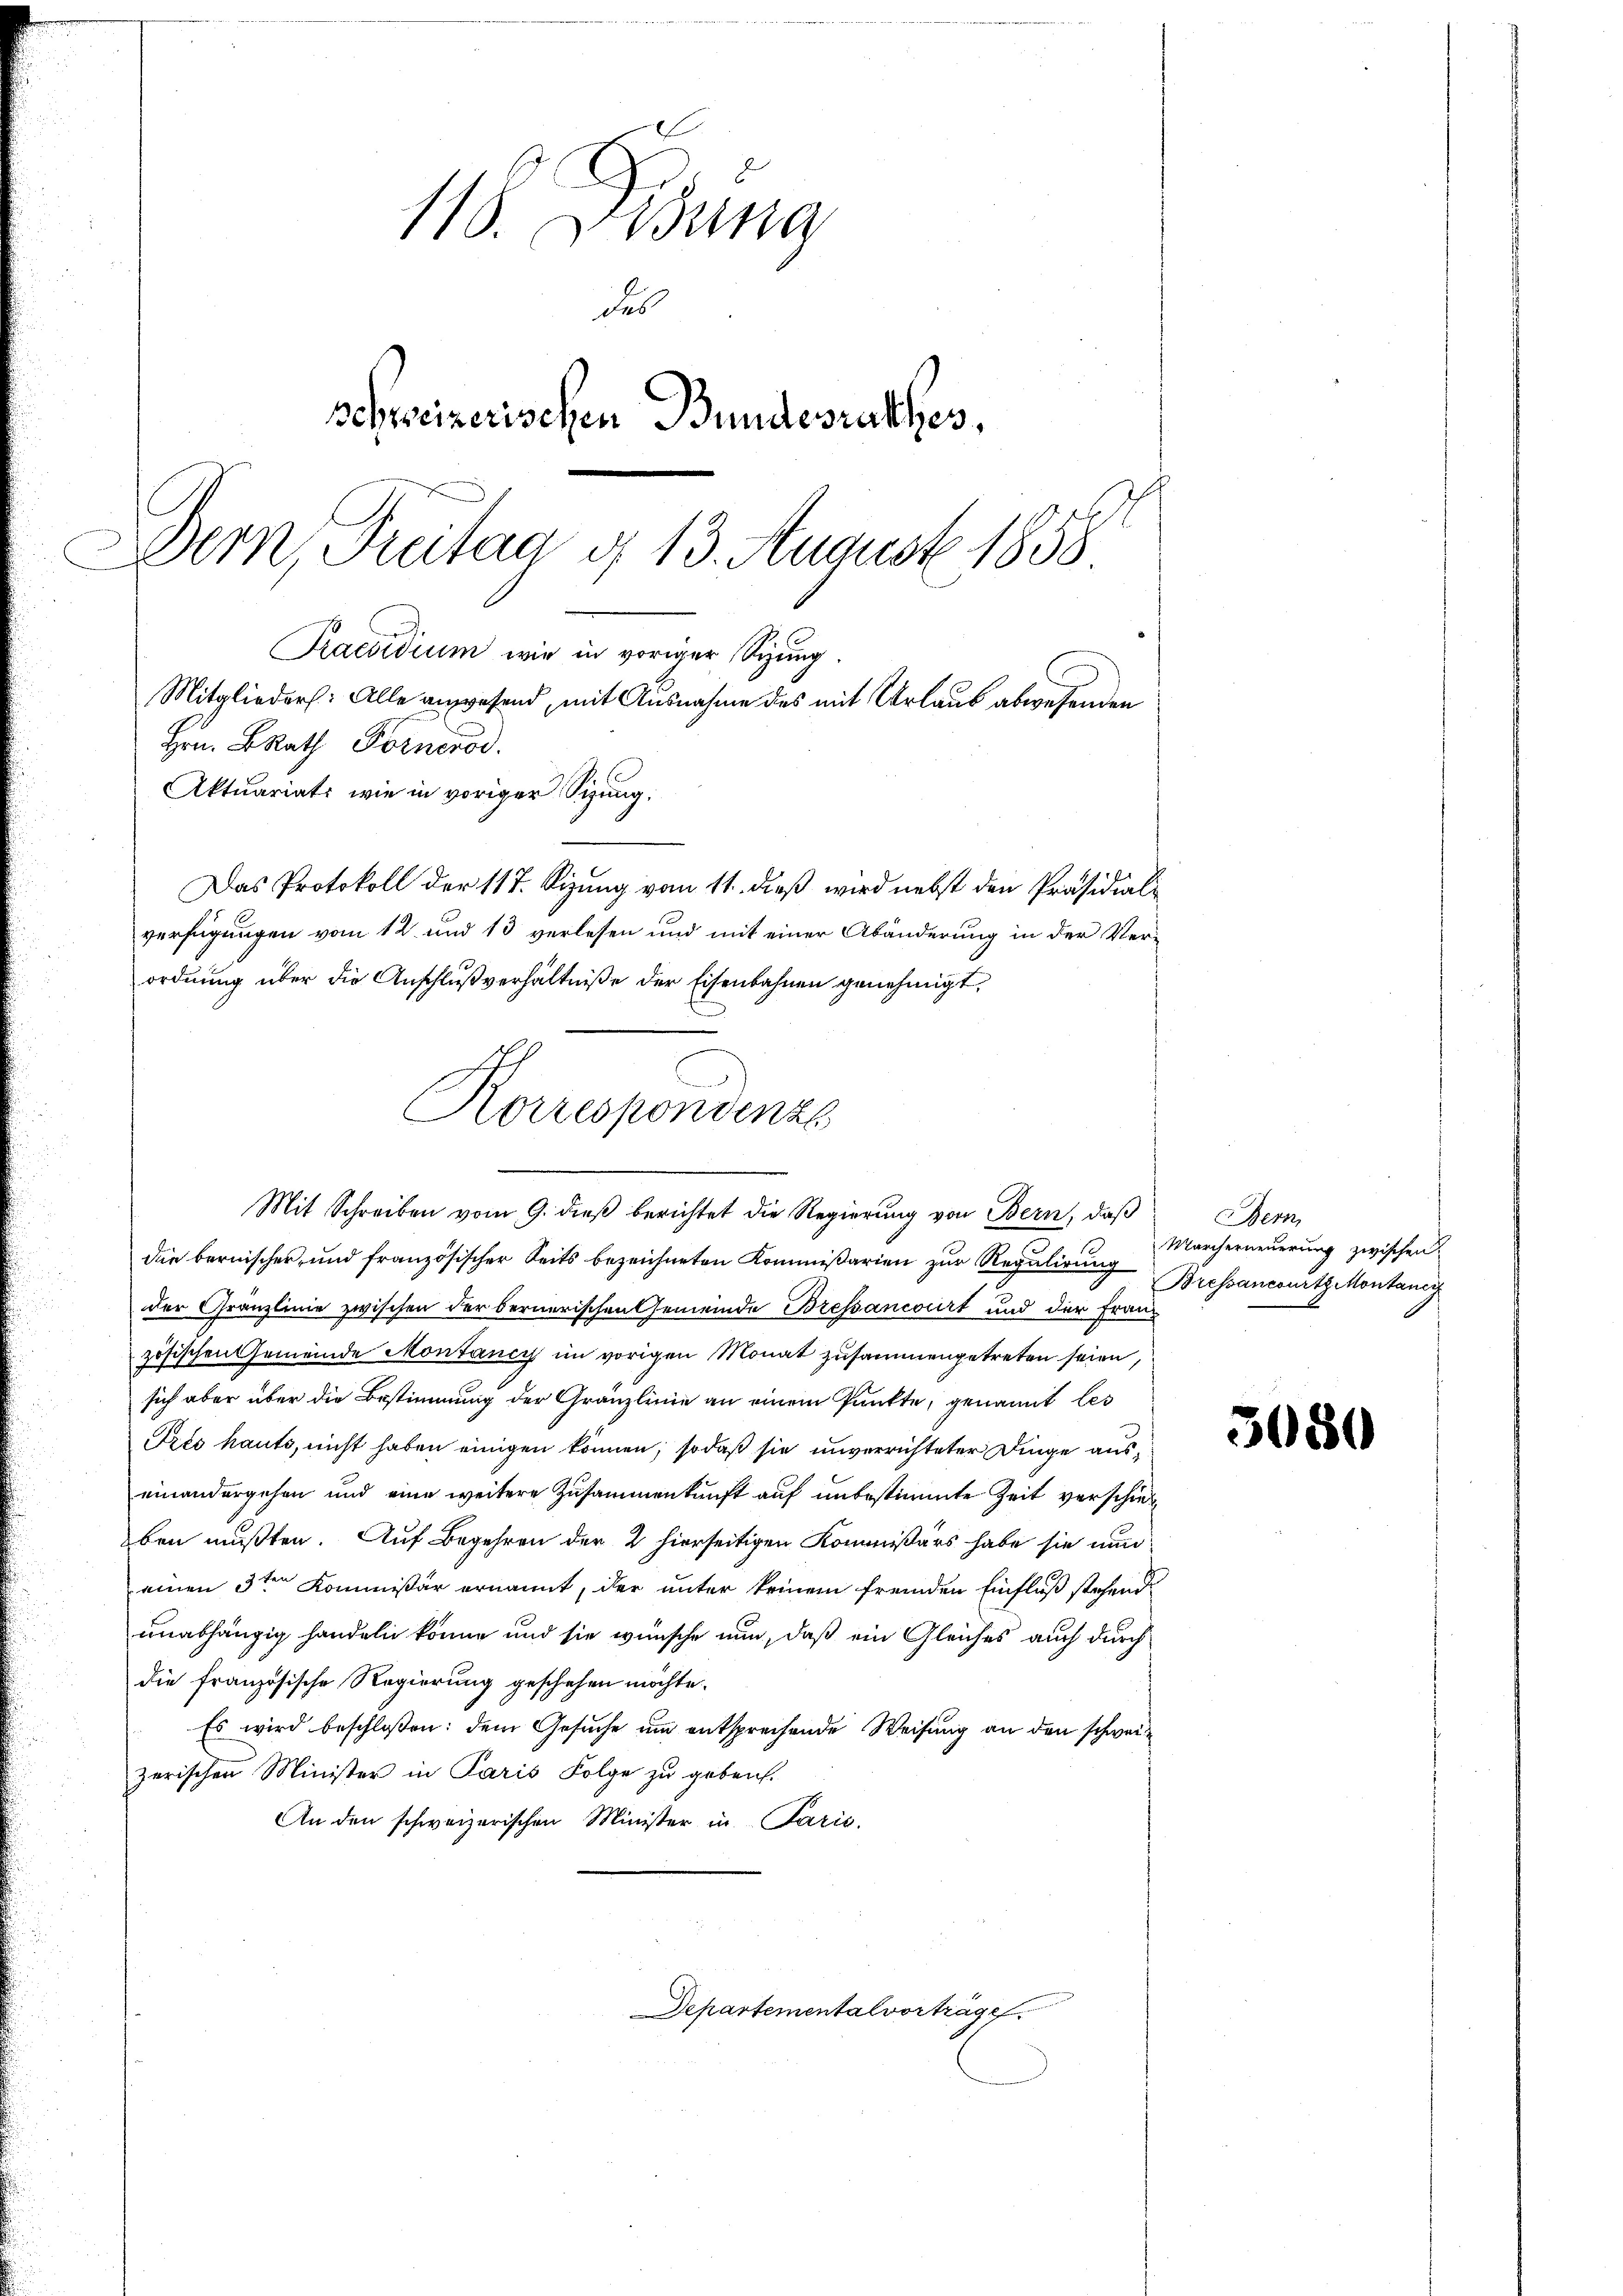
118. Desung
Fes
schweizerischen Bundesrathes,
Der, Pritag g 13. August 1858
Praesidium wie in voriger Sizung.
Mitglieder: Alle anwesend, mit Ausnahme des mit Urlaub abwesenden

Hrn. BRath Fornerod
Aktuariats wie in voriger Sitzung.
Das Protokoll der 117. Sizung vom 11. dieß wird nebst den Präsidialverfügungen vom 12 und 13 verlesen und mit einer Abänderung in der Verordnung über die Anschlußverhältniße der Eisenbahnen genehmigt,

Korrespondenze
.
Mit Schreiben vom 9. dieß berichtet die Regierung von Bern, daß

die bernischer, und französischer Seits bezeichneten Kommißarien zur Regulirung Bressancourtz Montanig
der Gränzlinie zwischen der bernerischen Gemeinde Bressancourt und der Franz
zösischen Gemeinde Montancy im vorigen Monat zusammengetreten seien,
sich aber über die Bestimmung der Gränzlinie an einem Punkte, genannt les
Prto hauts, nicht haben einigen können, so daß sie unverrichteter Dinge auseinandergehen und eine weitere Zusammenkunft auf unbestimmte Zeit verschied
ben mußten. Auf Begehren der 2 hierseitigen Kommissärs habe sie nun
einen 3ten Kommissär ernannt, der unter keinem fremden Einfluß stehend
unabhängig handeln könne und sie wünsche nun, daß ein Gleiches auch durch
die französische Regierung geschehen möchte.
Es wird beschloßen: dem Gesuche um entsprechende Weisung an den schweizerischen Minister in Paris Folge zu geben.
An den schweizerischen Minister in Parić,

Departemental vorträge.

Bern
Marcherneuerung zwischen

5080